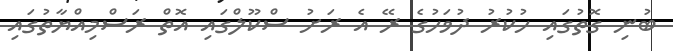
ބުނި ގޮތުގައި ހުކުރު ދުވަހުގެ ރޭ އެ ރަށު ސްކޫލްގައި އޮތް ރަސްމިއްޔާތުގައި